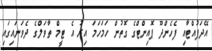
އޭދަފުއްޓާއި ފެހެންދޫ ޕޮއިންޓްގެ ގޮތުން ހަމަހަމަ އިރު އެ ޓީމް ތާވަލްގެ ދެވަނައިގައި